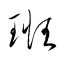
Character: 班